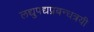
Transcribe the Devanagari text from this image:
लद्युपद्यप्रबन्धत्रयी